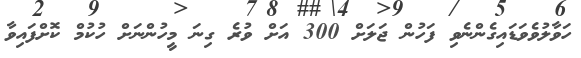
ހަވާލުވެވަޑައިގެންނެވި ފަހުން ޖަލަށް 300 އަށް ވުރެ ގިނަ މީހުންނަށް ހުކުމް ކޮށްފައިވާ